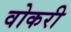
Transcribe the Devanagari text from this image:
वोकरी